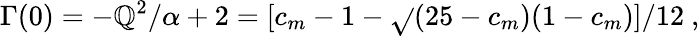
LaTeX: \Gamma(0)=-\mathbb{Q}^{2}/\alpha+2=[c_{m}-1-\sqrt{}{{(25-c_{m})(1-c_{m})}}]/12\ ,